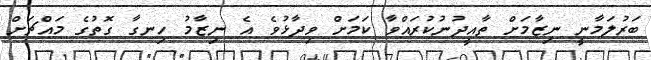
ބަރުލަމާނީ ނިޒާމަށް ތާއީދުނުކުރައްވާ ކަމަށް ވިދާޅުވެ އެ ނިޒާމު ހިނގާ ގޮތުގެ މައްޗަށް